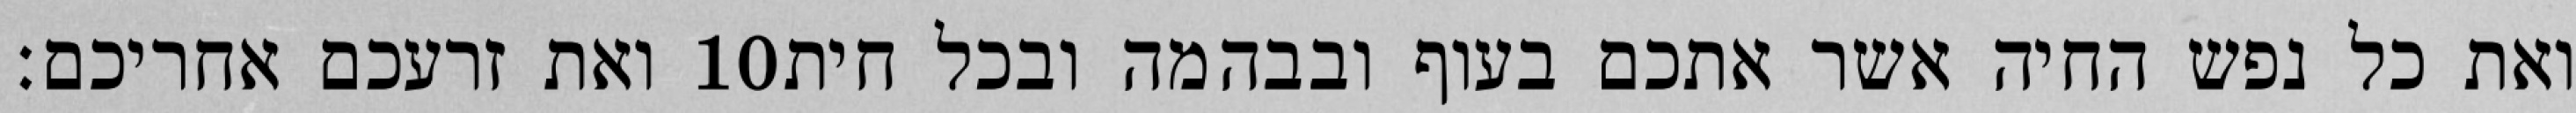
ואת זרעכם אחריכם׃ ‎10‏ ואת כל נפש החיה אשר אתכם בעוף ובבהמה ובכל חית